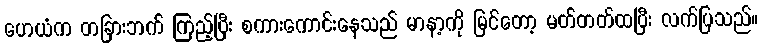
ဟေယံက တခြားဘက် ကြည့်ပြီး စကားကောင်းနေသည် မာနာ့ကို မြင်တော့ မတ်တတ်ထပြီး လက်ပြသည်။